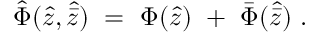
{ \hat { \Phi } } ( { \hat { z } } , { \hat { \bar { z } } } ) \ = \ \Phi ( { \hat { z } } ) \ + \ { \bar { \Phi } } ( { \hat { \bar { z } } } ) \ .